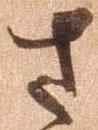
左